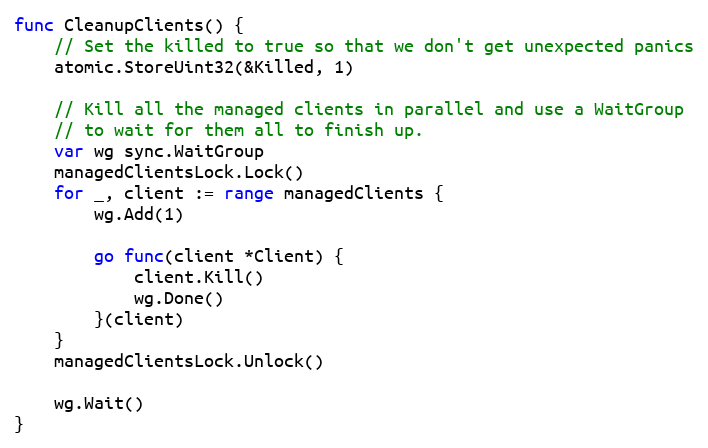
Language: Go
func CleanupClients() {
	// Set the killed to true so that we don't get unexpected panics
	atomic.StoreUint32(&Killed, 1)

	// Kill all the managed clients in parallel and use a WaitGroup
	// to wait for them all to finish up.
	var wg sync.WaitGroup
	managedClientsLock.Lock()
	for _, client := range managedClients {
		wg.Add(1)

		go func(client *Client) {
			client.Kill()
			wg.Done()
		}(client)
	}
	managedClientsLock.Unlock()

	wg.Wait()
}